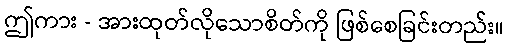
ဤကား - အားထုတ်လိုသောစိတ်ကို ဖြစ်စေခြင်းတည်း။